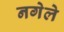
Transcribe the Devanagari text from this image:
नगेले